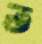
ত